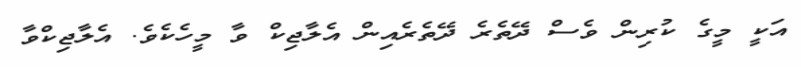
އަކީ މީގެ ކުރިން ވެސް ދޭތެރެ ދޭތެރެއިން އެލާޖިކް ވާ މީހެކެވެ. އެލާޖިކްވާ